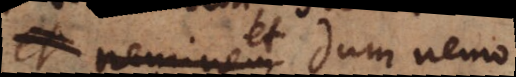
et neminem dum nemo